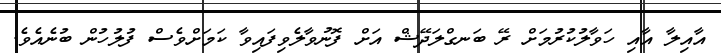
އާއިލާ އާއި ހަވާލުކުރުމަށް ރޭ ބަނގްލަދޭޝް އަށް ފޮނުވާލެވިފައިވާ ކަމަށްވެސް ފުލުހުން ބުނެއެވެ.